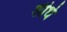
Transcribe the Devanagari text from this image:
शीधे